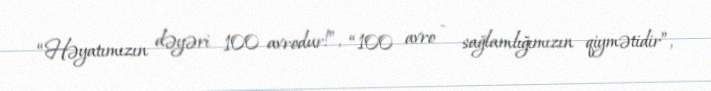
“Həyatımızın dəyəri 100 avrodur!”, “100 avro - sağlamlığımızın qiymətidir”,